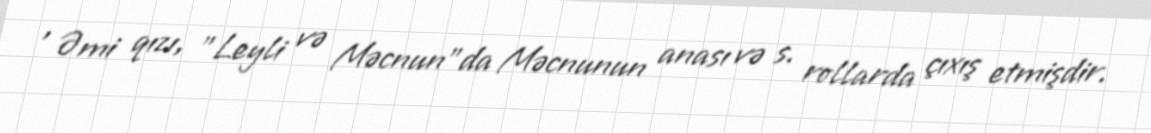
, Əmi qızı, "Leyli və Məcnun"da Məcnunun anası və s. rollarda çıxış etmişdir.